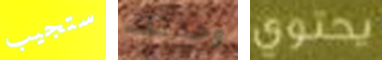
ستجيب وحدتك يحتوي